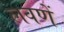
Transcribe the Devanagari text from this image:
लवणें